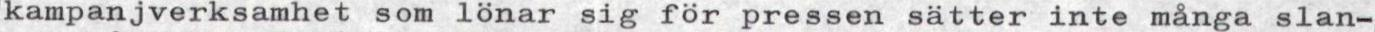
kampanjverksamhet som lönar sig för pressen sätter inte många slan-